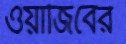
ওয়াজিবের